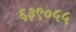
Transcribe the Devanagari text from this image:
६३९०५५